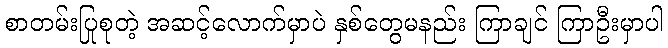
စာတမ်းပြုစုတဲ့ အဆင့်လောက်မှာပဲ နှစ်တွေမနည်း ကြာချင် ကြာဦးမှာပါ